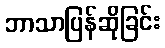
ဘာသာပြန်ဆိုခြင်း